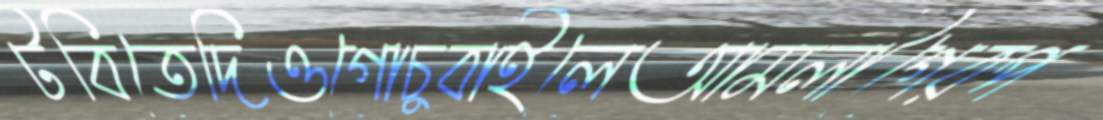
টবিতেদিওগোচুবাইলেআমলীগেরপ